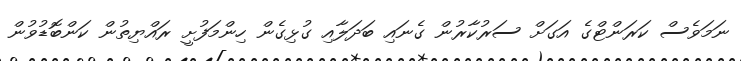
ނަމަވެސް ކަރަންޓްގެ އަގަށް ސަރުކާރުން ގެނައި ބަދަލާއި ގުޅިގެން ހިންމަފުށީ ރައްޔިތުން ކަންބޮޑުވުން